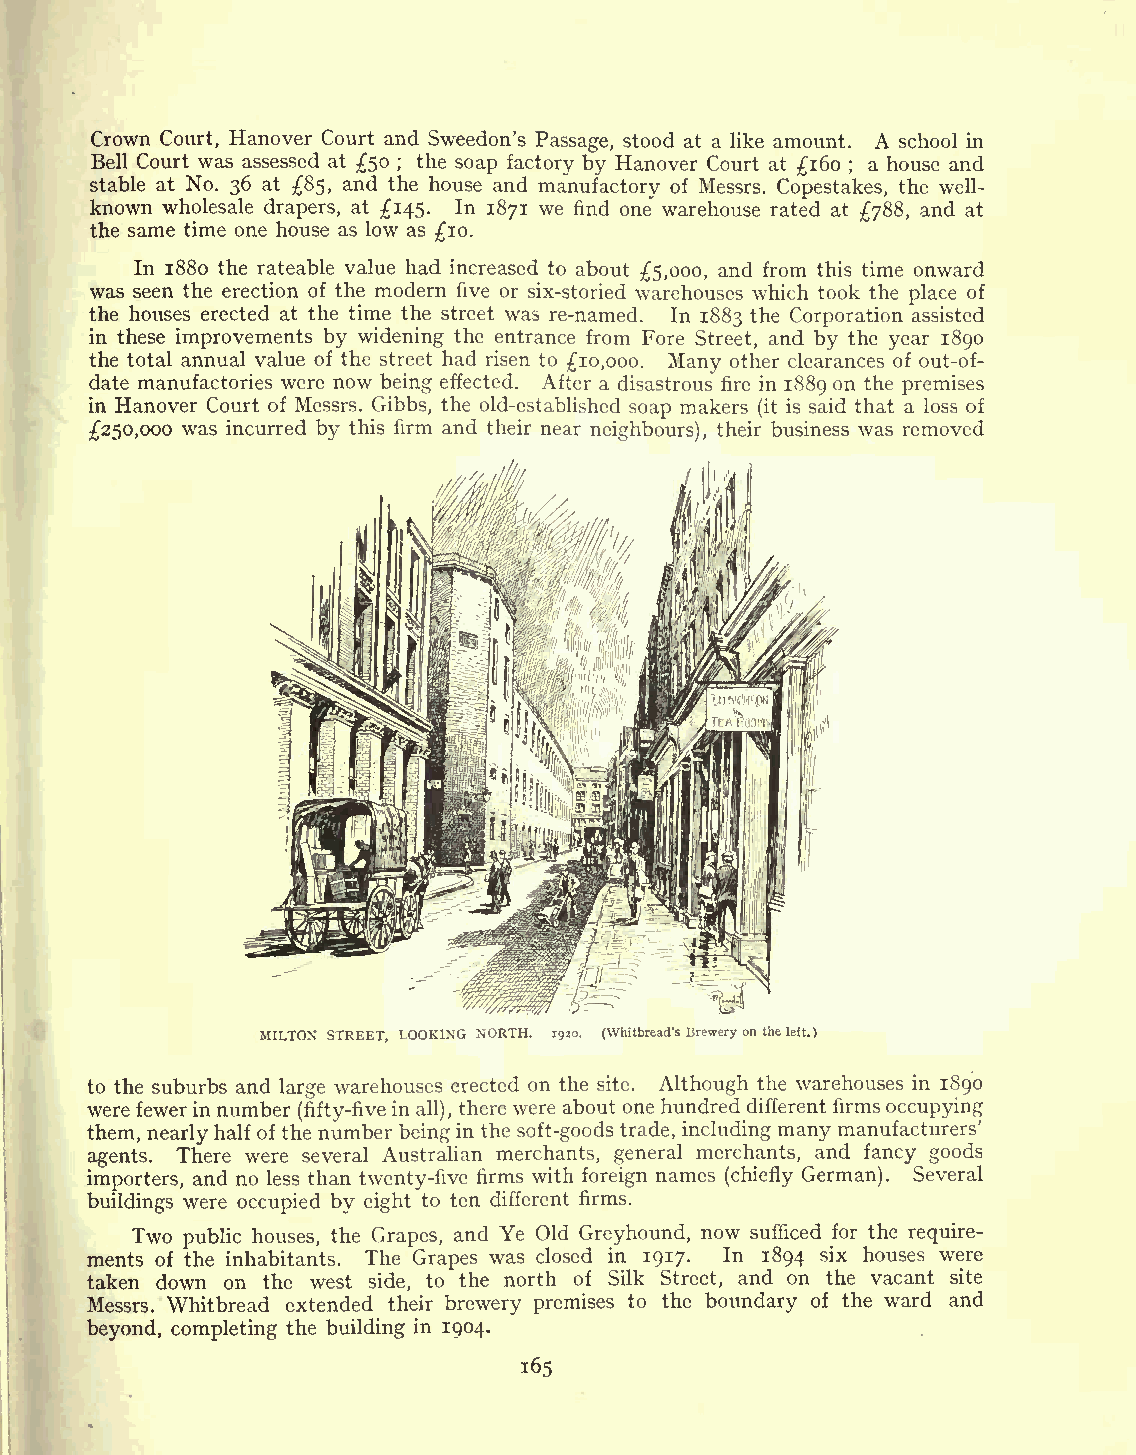
Crown Court, Hanover Court and Sweedon's Passage, stood at a like amount. A school in
 sB te al bl leCo au trt Now .as 36ass ae tsse 8d 5,at and50 t; heth he ous so eap anfa dct mo ar ny ufb ay cH toa rn yov oe fr MC eo ssu rr st .a Ct ope1 s6 t0 ak; esa ,ho tu hese wea ln ld
 -
 known wholesale drapers, at 145. In 1871 we find one" warehouse rated at 788, and at
 the same time one house as low as 10.
 In 1880 the rateable value had increased to about 5,000, and from this time onward
 was seen the erection of the modern five or six-storied warehouses which took the place of
 the houses erected at the time the street was re-named. In 1883 the Corporation assisted
 in these improvements by widening the entrance from Fore Street, and by the year 1890
 the total annual value of the street had risen to 10,000. Many other clearances of out-of-
 date manufactories were now being effected. After a disastrous fire in 1889 on the premises
 in Hanover Court of Messrs. Gibbs, the old-established soap makers (it is said that a loss of
 250,000 was incurred by this firm and their near neighbours), their business was removed
 MILTON STREET, LOOKING NORTH. 1930. (Whitbread'sBreweryontheleft.)
 to the suburbs and large warehouses erected on the site. Although the warehouses in 1890
 were fewerin number (fifty-fivein
 all),
 there were about one hundred different firms occupying
 them, nearly half of the number being in the soft-goods trade, including many manufacturers'
 agents. There were several Australian merchants, general merchants, and fancy goods
 importers, and no less than twenty-five firms with foreign names (chiefly German). Several
 buildings were occupied by eight to ten different firms.
 Two public houses, the Grapes, and Ye Old Greyhound, now sufficed for the require-
 ments of the inhabitants. The Grapes was closed in 1917. In 1894 six houses were
 taken down on the west side, to the north of Silk Street, and on the vacant site
 Messrs. Whitbread extended their brewery premises to the boundary of the ward and
 beyond, completing the building in 1904.
 165